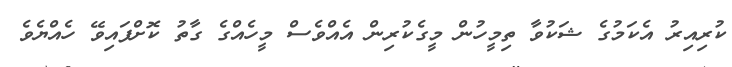
ކުރިއިރު އެކަމުގެ ޝަކުވާ ތިމީހުން މީގެކުރިން އެއްވެސް މީހެއްގެ ގާތު ކޮށްފައިވޭ ހެއްޔެވެ